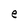
Character: e